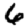
Digit: 6